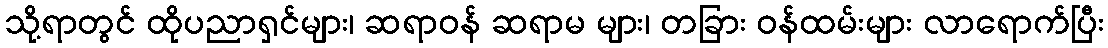
သို့ရာတွင် ထိုပညာရှင်များ၊ ဆရာဝန် ဆရာမ များ၊ တခြား ဝန်ထမ်းများ လာရောက်ပြီး